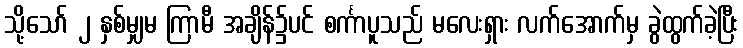
သို့သော် ၂ နှစ်မျှမ ကြာမီ အချိန်၌ပင် စင်္ကာပူသည် မလေးရှား လက်အောက်မှ ခွဲထွက်ခဲ့ပြီး